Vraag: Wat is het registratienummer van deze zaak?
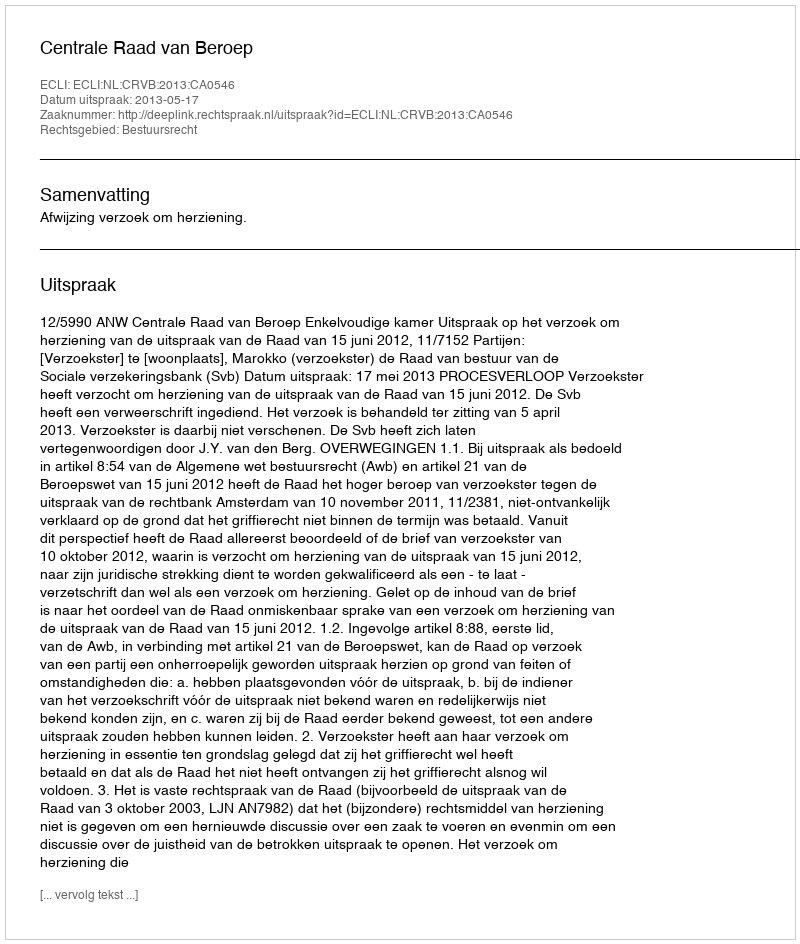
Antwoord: http://deeplink.rechtspraak.nl/uitspraak?id=ECLI:NL:CRVB:2013:CA0546